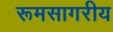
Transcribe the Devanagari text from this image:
रूमसागरीय